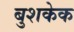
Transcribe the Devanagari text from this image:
बुशकेक